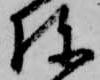
棟